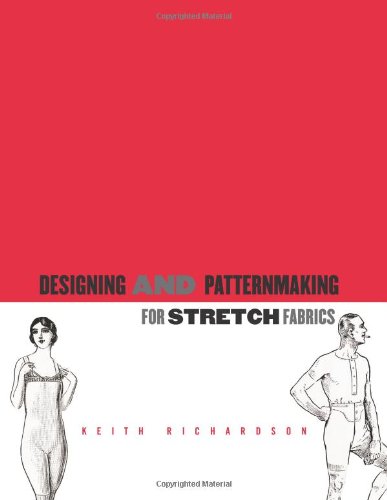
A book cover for Designing and Patternmaking for Stretch Fabrics; Keith Richardson; Arts & Photography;